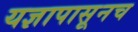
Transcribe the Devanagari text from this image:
यज्ञापासूनच